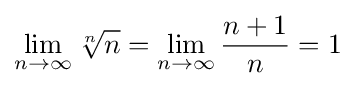
\lim _{n\to \infty }{\sqrt[{n}]{n}}=\lim _{n\to \infty }{\frac {n+1}{n}}=1